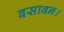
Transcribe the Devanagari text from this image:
बसावन।